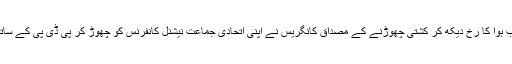
اس صورتحال کو بھانپتے ہوئے اب ہوا کا رخ دیکھ کر کشتی چھوڑنے کے مصداق کانگریس نے اپنی اتحادی جماعت نیشنل کانفرنس کو چھوڑ کر پی ڈی پی کے ساتھ پینگیں بڑھانی شروع کردی ہیں۔